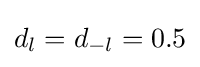
d_{l}=d_{-l}=0.5